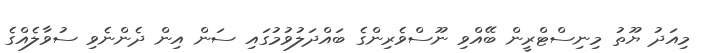
މިއަދު ޔޫތު މިނިސްޓްރީން ބޭއްވި ނޫސްވެރިންގެ ބައްދަލުވުމުގައި ސަން އިން ދެންނެވި ސުވާލެއްގެ